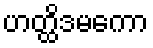
ဟတ္ထိဒမကော